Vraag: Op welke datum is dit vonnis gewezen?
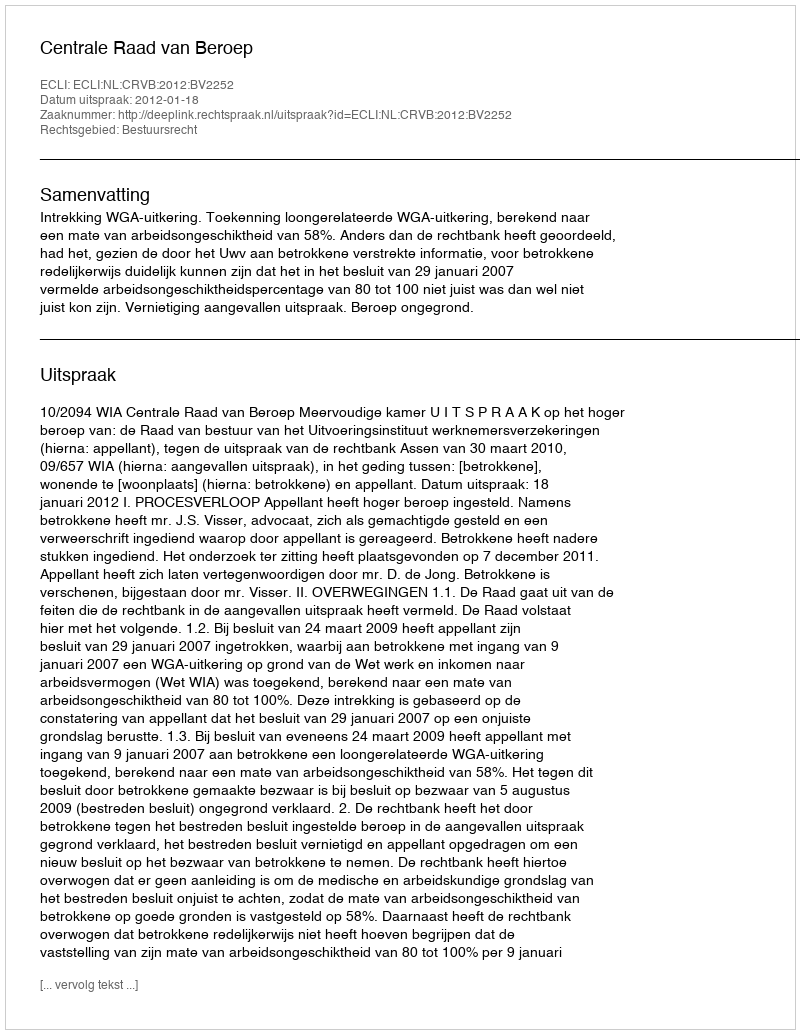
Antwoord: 2012-01-18